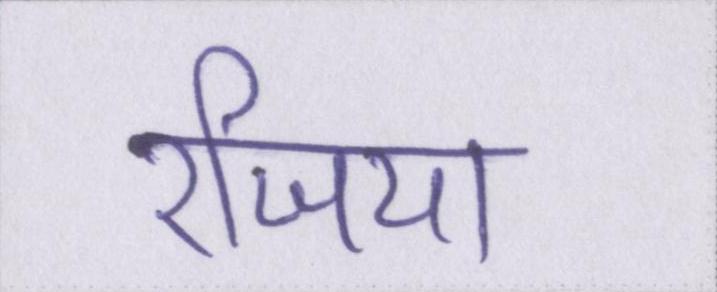
रजिया